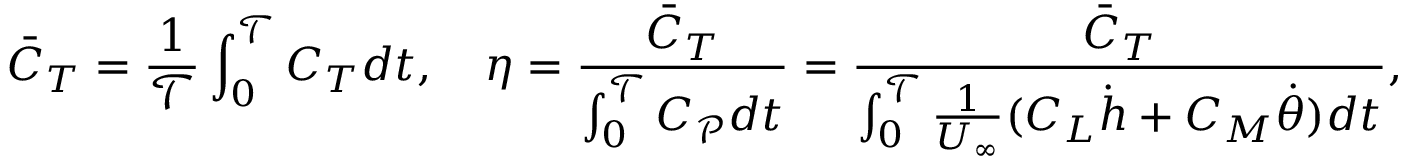
\bar { C } _ { T } = \frac { 1 } { \mathcal { T } } \int _ { 0 } ^ { \mathcal { T } } C _ { T } d t , \quad \eta = \frac { \bar { C } _ { T } } { \int _ { 0 } ^ { \mathcal { T } } C _ { \mathcal { P } } d t } = \frac { \bar { C } _ { T } } { \int _ { 0 } ^ { \mathcal { T } } \frac { 1 } { U _ { \infty } } ( C _ { L } \dot { h } + C _ { M } \dot { \theta } ) d t } ,